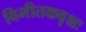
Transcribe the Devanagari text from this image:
विभीतकवृक्षः